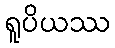
ရူပိယဿ